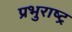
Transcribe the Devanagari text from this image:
प्रभुराष्ट्र